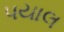
પયાલ